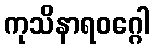
ကုသိနာရဝဂ္ဂေါ